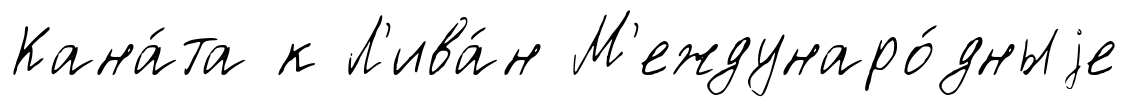
Кана́та к Л'ива́н М'еждунаро́дныjе